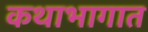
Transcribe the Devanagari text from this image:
कथाभागात